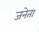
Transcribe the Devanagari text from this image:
जनेता